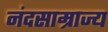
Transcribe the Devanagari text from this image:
नंदसाम्राज्य